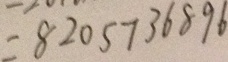
= 8 2 0 5 7 3 6 8 9 6